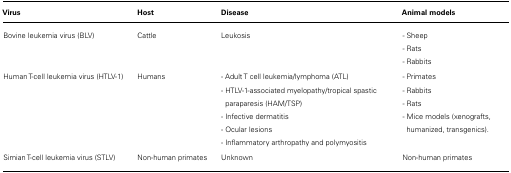
<table><thead><tr><td><b>Virus</b></td><td><b>Host</b></td><td><b>Disease</b></td><td><b>Animal models</b></td></tr></thead><tbody><tr><td>Bovine leukemia virus (BLV)</td><td>Cattle</td><td>Leukosis</td><td>- Sheep- Rats- Rabbits</td></tr><tr><td>Human T-cell leukemia virus (HTLV-1)</td><td>Humans</td><td>- Adult T cell leukemia/lymphoma (ATL)- HTLV-1-associated myelopathy/tropical spastic paraparesis (HAM/TSP)- Infective dermatitis- Ocular lesions- Inflammatory arthropathy and polymyositis</td><td>- Primates- Rabbits- Rats- Mice models (xenografts, humanized, transgenics).</td></tr><tr><td>Simian T-cell leukemia virus (STLV)</td><td>Non-human primates</td><td>Unknown</td><td>Non-human primates</td></tr></tbody></table>